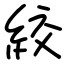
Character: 絞